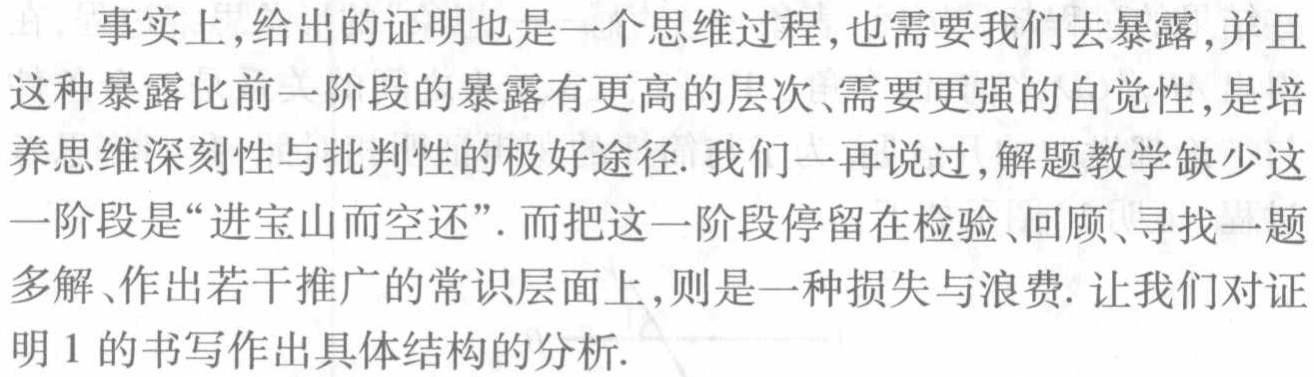
事实上,给出的证明也是一个思维过程,也需要我们去暴露,并且这种暴露比前一阶段的暴露有更高的层次、需要更强的自觉性,是培养思维深刻性与批判性的极好途径. 我们一再说过,解题教学缺少这一阶段是“进宝山而空还”. 而把这一阶段停留在检验、回顾、寻找一题多解、作出若干推广的常识层面上,则是一种损失与浪费. 让我们对证明 1 的书写作作出具体结构的分析.